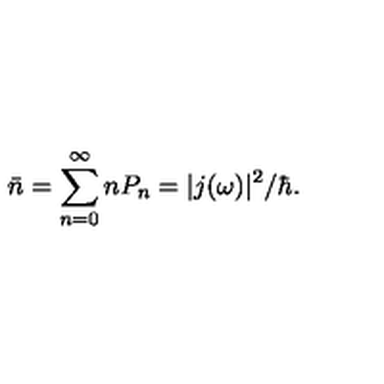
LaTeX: \bar { n } = \sum _ { n = 0 } ^ { \infty } n P _ { n } = | j ( \omega ) | ^ { 2 } / \hbar .